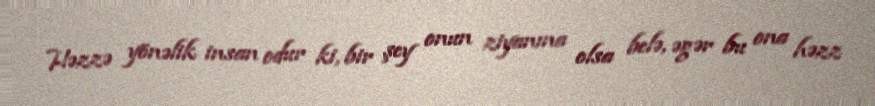
Həzzə yönəlik insan odur ki, bir şey onun ziyanına olsa belə, əgər bu ona həzz